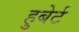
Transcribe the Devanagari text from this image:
हुबेर्ट